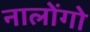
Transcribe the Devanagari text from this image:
नालोंगो